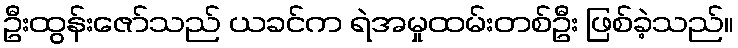
ဦးထွန်းဇော်သည် ယခင်က ရဲအမှုထမ်းတစ်ဦး ဖြစ်ခဲ့သည်။